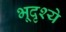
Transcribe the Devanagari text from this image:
भूदृश्ये